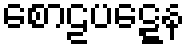
စောဠပဋ္ဋေန